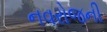
નવરોજની